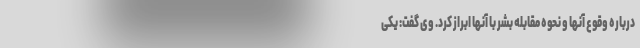
درباره وقوع آنها و نحوه مقابله بشر با آنها ابراز کرد. وی گفت: یکی